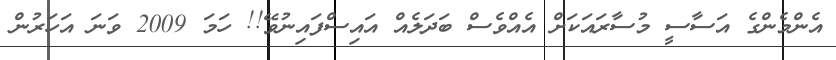
އެންމެންގެ އަސާސީ މުސާރައަކަށް އެއްވެސް ބަދަލެއް އައިސްފައިނުވޭ!! ހަމަ 2009 ވަނަ އަހަރުން